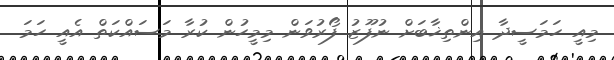
މިއީ ހަމަސީދާ އިންތިޚާބަށް ނުފޫޒު ފޯރުވަން މިމީހުން ކުރާ މަސައްކަތް އެއީ ހަމަ